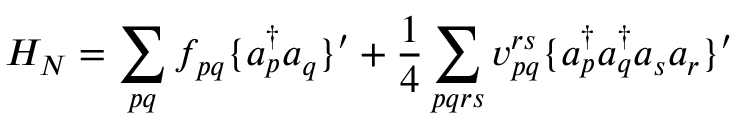
H _ { N } = \sum _ { p q } f _ { p q } \{ a _ { p } ^ { \dag } a _ { q } \} ^ { \prime } + \frac { 1 } { 4 } \sum _ { p q r s } v _ { p q } ^ { r s } \{ a _ { p } ^ { \dag } a _ { q } ^ { \dag } a _ { s } a _ { r } \} ^ { \prime }